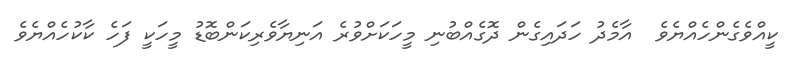
ކީއްވެގެންހެއްޔެވެ  އާމެދު ހަދައިގެން ދޮގެއްބުނި މީހަކަށްވުރެ އަނިޔާވެރިކަންބޮޑު މީހަކީ ފަހެ ކާކުހެއްޔެވެ